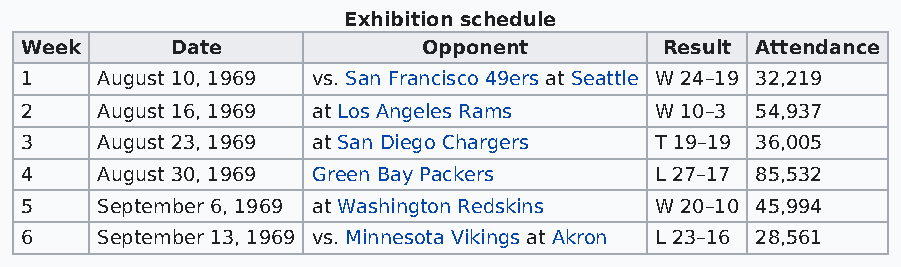
Exhibition schedule
 Week      Date             Opponent        Result Attendance
 1    August 10, 1969 vs. San Francisco 49ers at Seattle W 24–19 32,219
 2    August 16, 1969 at Los Angeles Rams  W 10–3 54,937
 3    August 23, 1969 at San Diego Chargers T 19–19 36,005
 4    August 30, 1969 Green Bay Packers    L 27–17 85,532
 5    September 6, 1969 at Washington Redskins W 20–10 45,994
 6    September 13, 1969 vs. Minnesota Vikings at Akron L 23–16 28,561